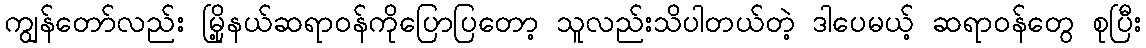
ကျွန်တော်လည်း မြို့နယ်ဆရာဝန်ကိုပြောပြတော့ သူလည်းသိပါတယ်တဲ့ ဒါပေမယ့် ဆရာဝန်တွေ စုပြီး